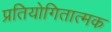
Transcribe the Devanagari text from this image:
प्रतियोगितात्मक